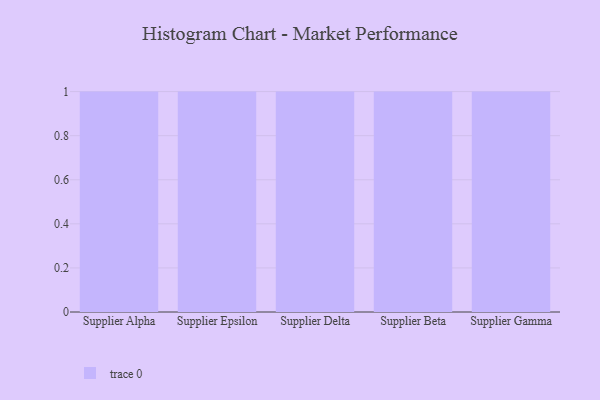
{"axis": {"x": "Supplier", "y": "Page Views"}, "legend": [""], "data": [{"x": "Supplier Alpha", "y": 52, "type": ""}, {"x": "Supplier Epsilon", "y": 18, "type": ""}, {"x": "Supplier Delta", "y": 98, "type": ""}, {"x": "Supplier Beta", "y": 15, "type": ""}, {"x": "Supplier Gamma", "y": 22, "type": ""}]}